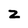
Character: 2